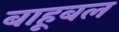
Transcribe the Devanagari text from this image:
बाहूबल